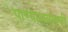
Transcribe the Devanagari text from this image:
पाण्याजवळची